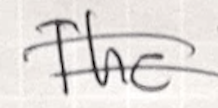
Text: The
Cross-out: double-line
Writing tool: ballpoint